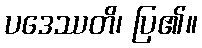
ပဒေဿတိ၊ ပြ၏။